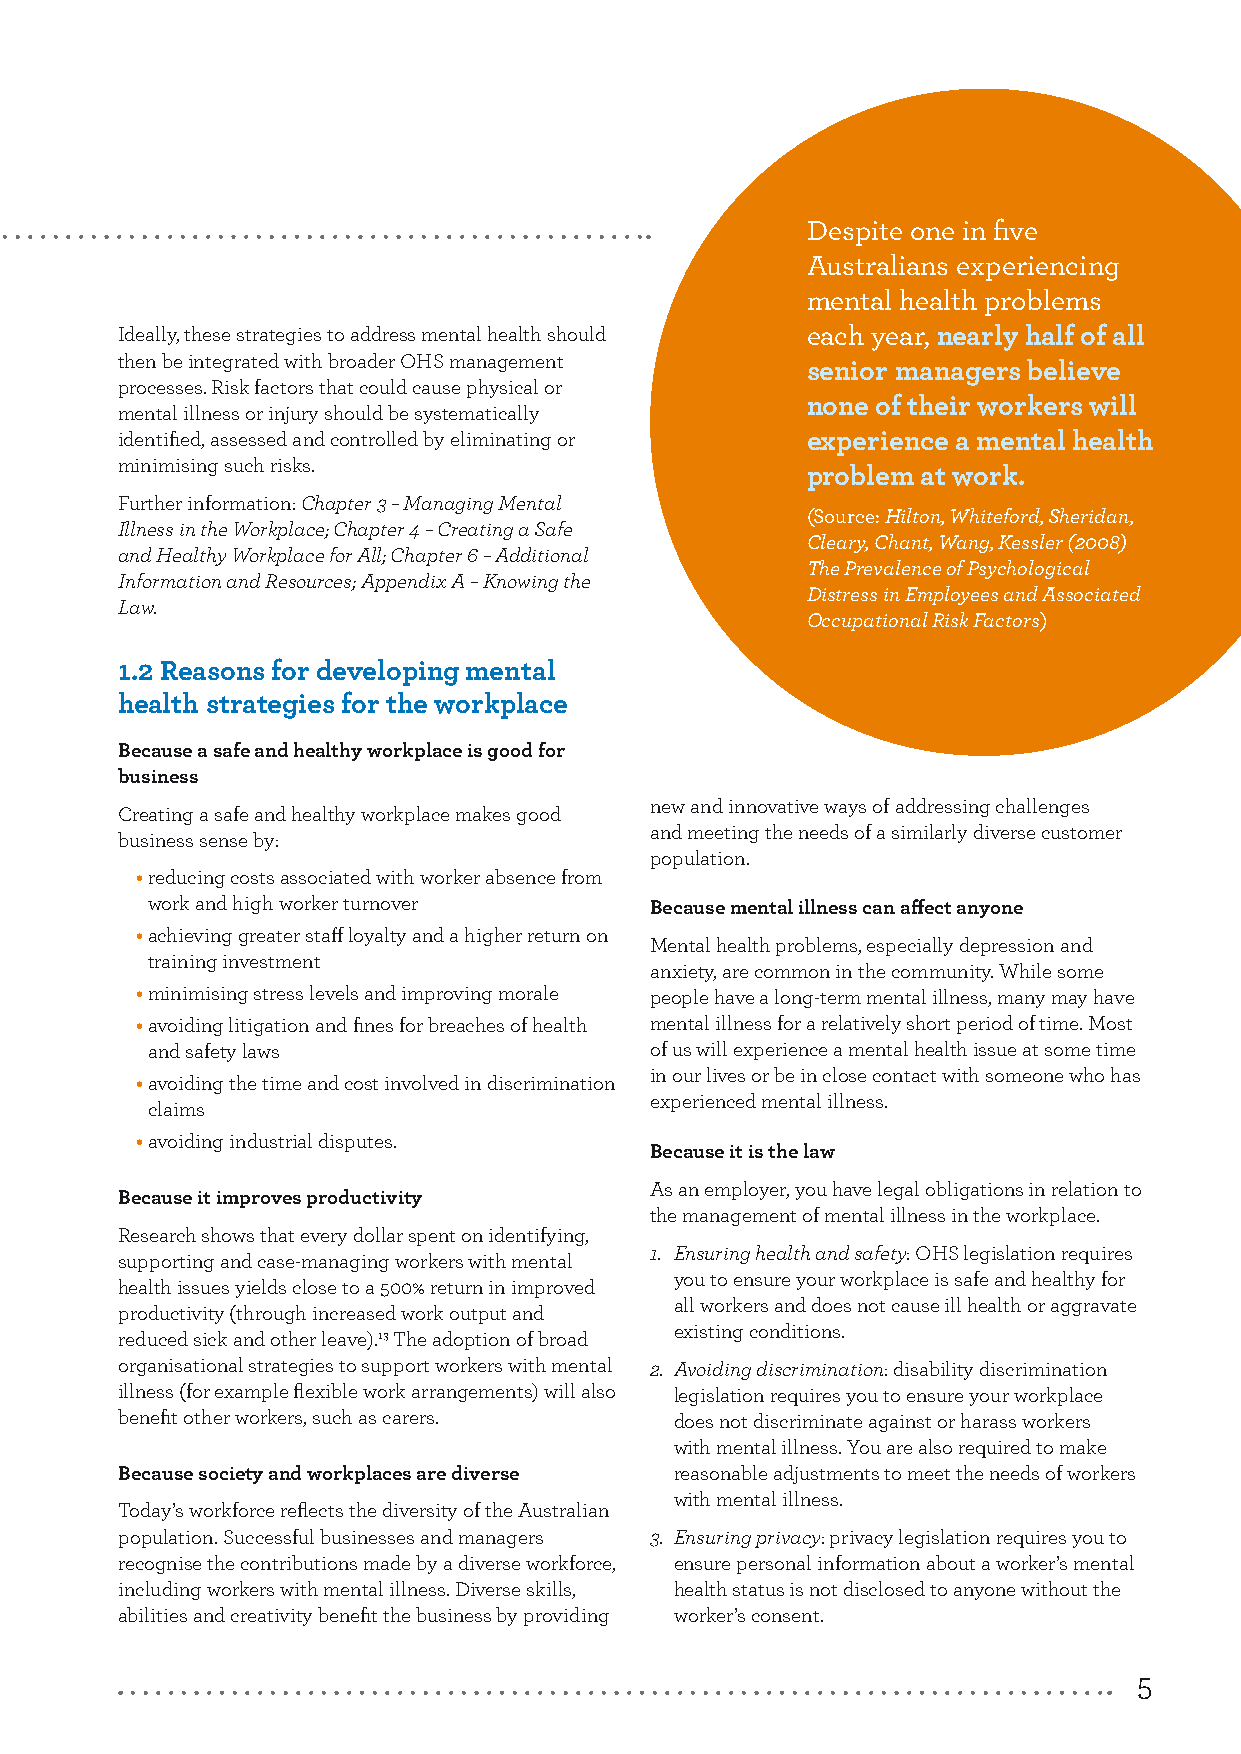
1.
 Mental health
 in the workplace
 Despite one in five
 Australians experiencing
 mental health problems
 Ideally, these strategies to address mental health should each year, nearly half of all
 then be integrated with broader OHS management
 senior managers believe
 processes. Risk factors that could cause physical or
 none of their workers will
 mental illness or injury should be systematically
 identified, assessed and controlled by eliminating or experience a mental health
 minimising such risks.
 problem at work.
 Further information: Chapter 3 – Managing Mental
 (Source: Hilton, Whiteford, Sheridan,
 Illness in the Workplace; Chapter 4 – Creating a Safe
 Cleary, Chant, Wang, Kessler (2008)
 and Healthy Workplace for All; Chapter 6 – Additional
 The Prevalence of Psychological
 Information and Resources; Appendix A – Knowing the
 Distress in Employees and Associated
 Law.
 Occupational Risk Factors)
 1.2 Reasons for developing mental
 health strategies for the workplace
 Because a safe and healthy workplace is good for
 business
 new and innovative ways of addressing challenges
 Creating a safe and healthy workplace makes good
 and meeting the needs of a similarly diverse customer
 business sense by:
 population.
 • reducing costs associated with worker absence from
 work and high worker turnover    Because mental illness can affect anyone
 • achieving greater staff loyalty and a higher return on
 Mental health problems, especially depression and
 training investment
 anxiety, are common in the community. While some
 • minimising stress levels and improving morale people have a long-term mental illness, many may have
 • avoiding litigation and fines for breaches of health mental illness for a relatively short period of time. Most
 and safety laws                  of us will experience a mental health issue at some time
 in our lives or be in close contact with someone who has
 • avoiding the time and cost involved in discrimination
 experienced mental illness.
 claims
 • avoiding industrial disputes.
 Because it is the law
 As an employer, you have legal obligations in relation to
 Because it improves productivity
 the management of mental illness in the workplace.
 Research shows that every dollar spent on identifying,
 1. Ensuring health and safety: OHS legislation requires
 supporting and case-managing workers with mental
 you to ensure your workplace is safe and healthy for
 health issues yields close to a 500% return in improved
 all workers and does not cause ill health or aggravate
 productivity (through increased work output and
 existing conditions.
 reduced sick and other leave).13 The adoption of broad
 organisational strategies to support workers with mental 2. Avoiding discrimination: disability discrimination
 illness (for example flexible work arrangements) will also legislation requires you to ensure your workplace
 benefit other workers, such as carers. does not discriminate against or harass workers
 with mental illness. You are also required to make
 Because society and workplaces are diverse reasonable adjustments to meet the needs of workers
 with mental illness.
 Today’s workforce reflects the diversity of the Australian
 population. Successful businesses and managers 3. Ensuring privacy: privacy legislation requires you to
 recognise the contributions made by a diverse workforce, ensure personal information about a worker’s mental
 including workers with mental illness. Diverse skills, health status is not disclosed to anyone without the
 abilities and creativity benefit the business by providing worker’s consent.
 5